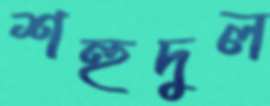
শহুদুল